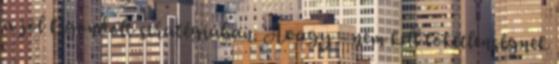
a jól kigondolt stratégiában. Avagy - nem kell töketlenségnek